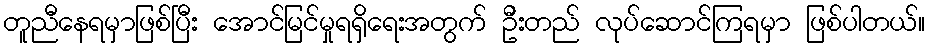
တူညီနေရမှာဖြစ်ပြီး အောင်မြင်မှုရရှိရေးအတွက် ဦးတည် လုပ်ဆောင်ကြရမှာ ဖြစ်ပါတယ်။